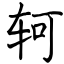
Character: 轲